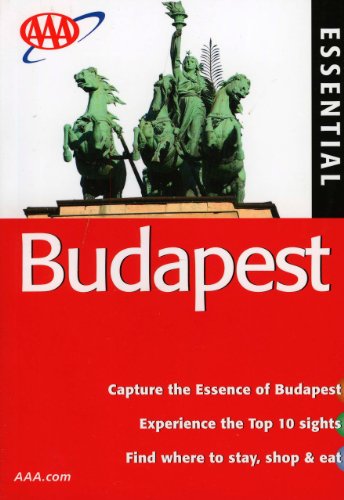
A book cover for AAA Essential Dominican Republic (AAA Essential Guides: Dominican Republic); Lee Karen Stow; Travel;